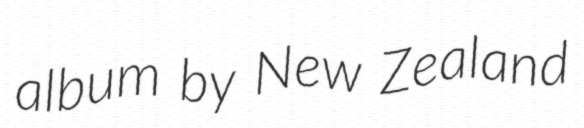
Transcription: album by New Zealand